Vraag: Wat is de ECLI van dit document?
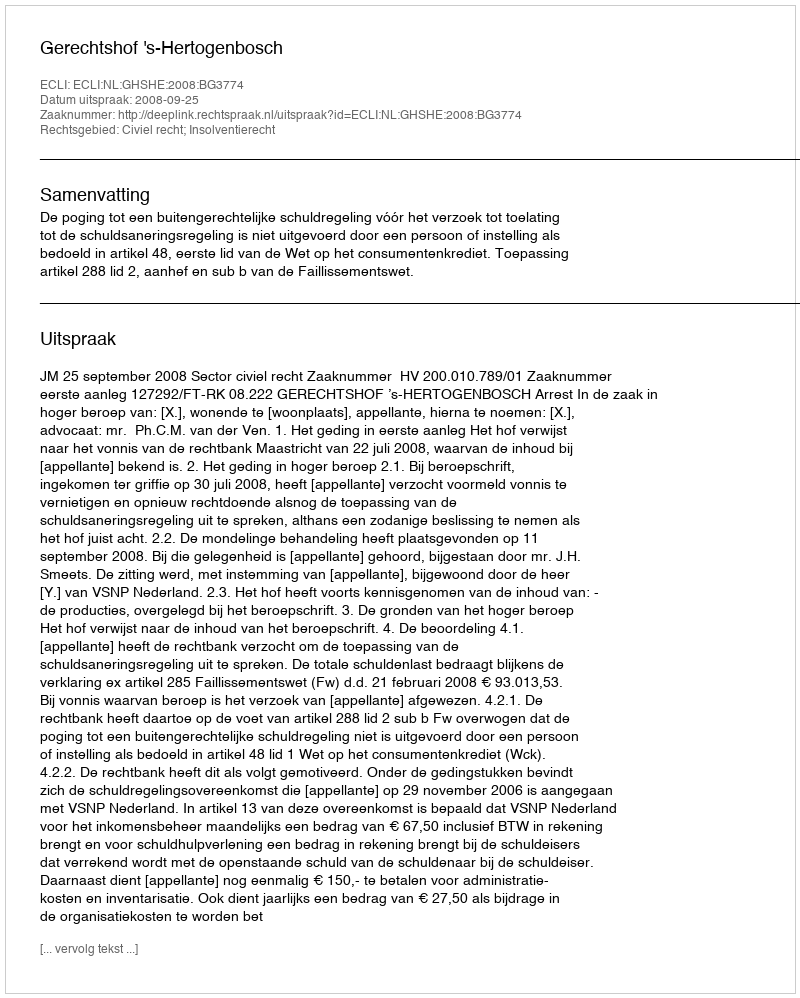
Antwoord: ECLI:NL:GHSHE:2008:BG3774